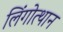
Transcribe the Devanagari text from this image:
लिंगोत्थान